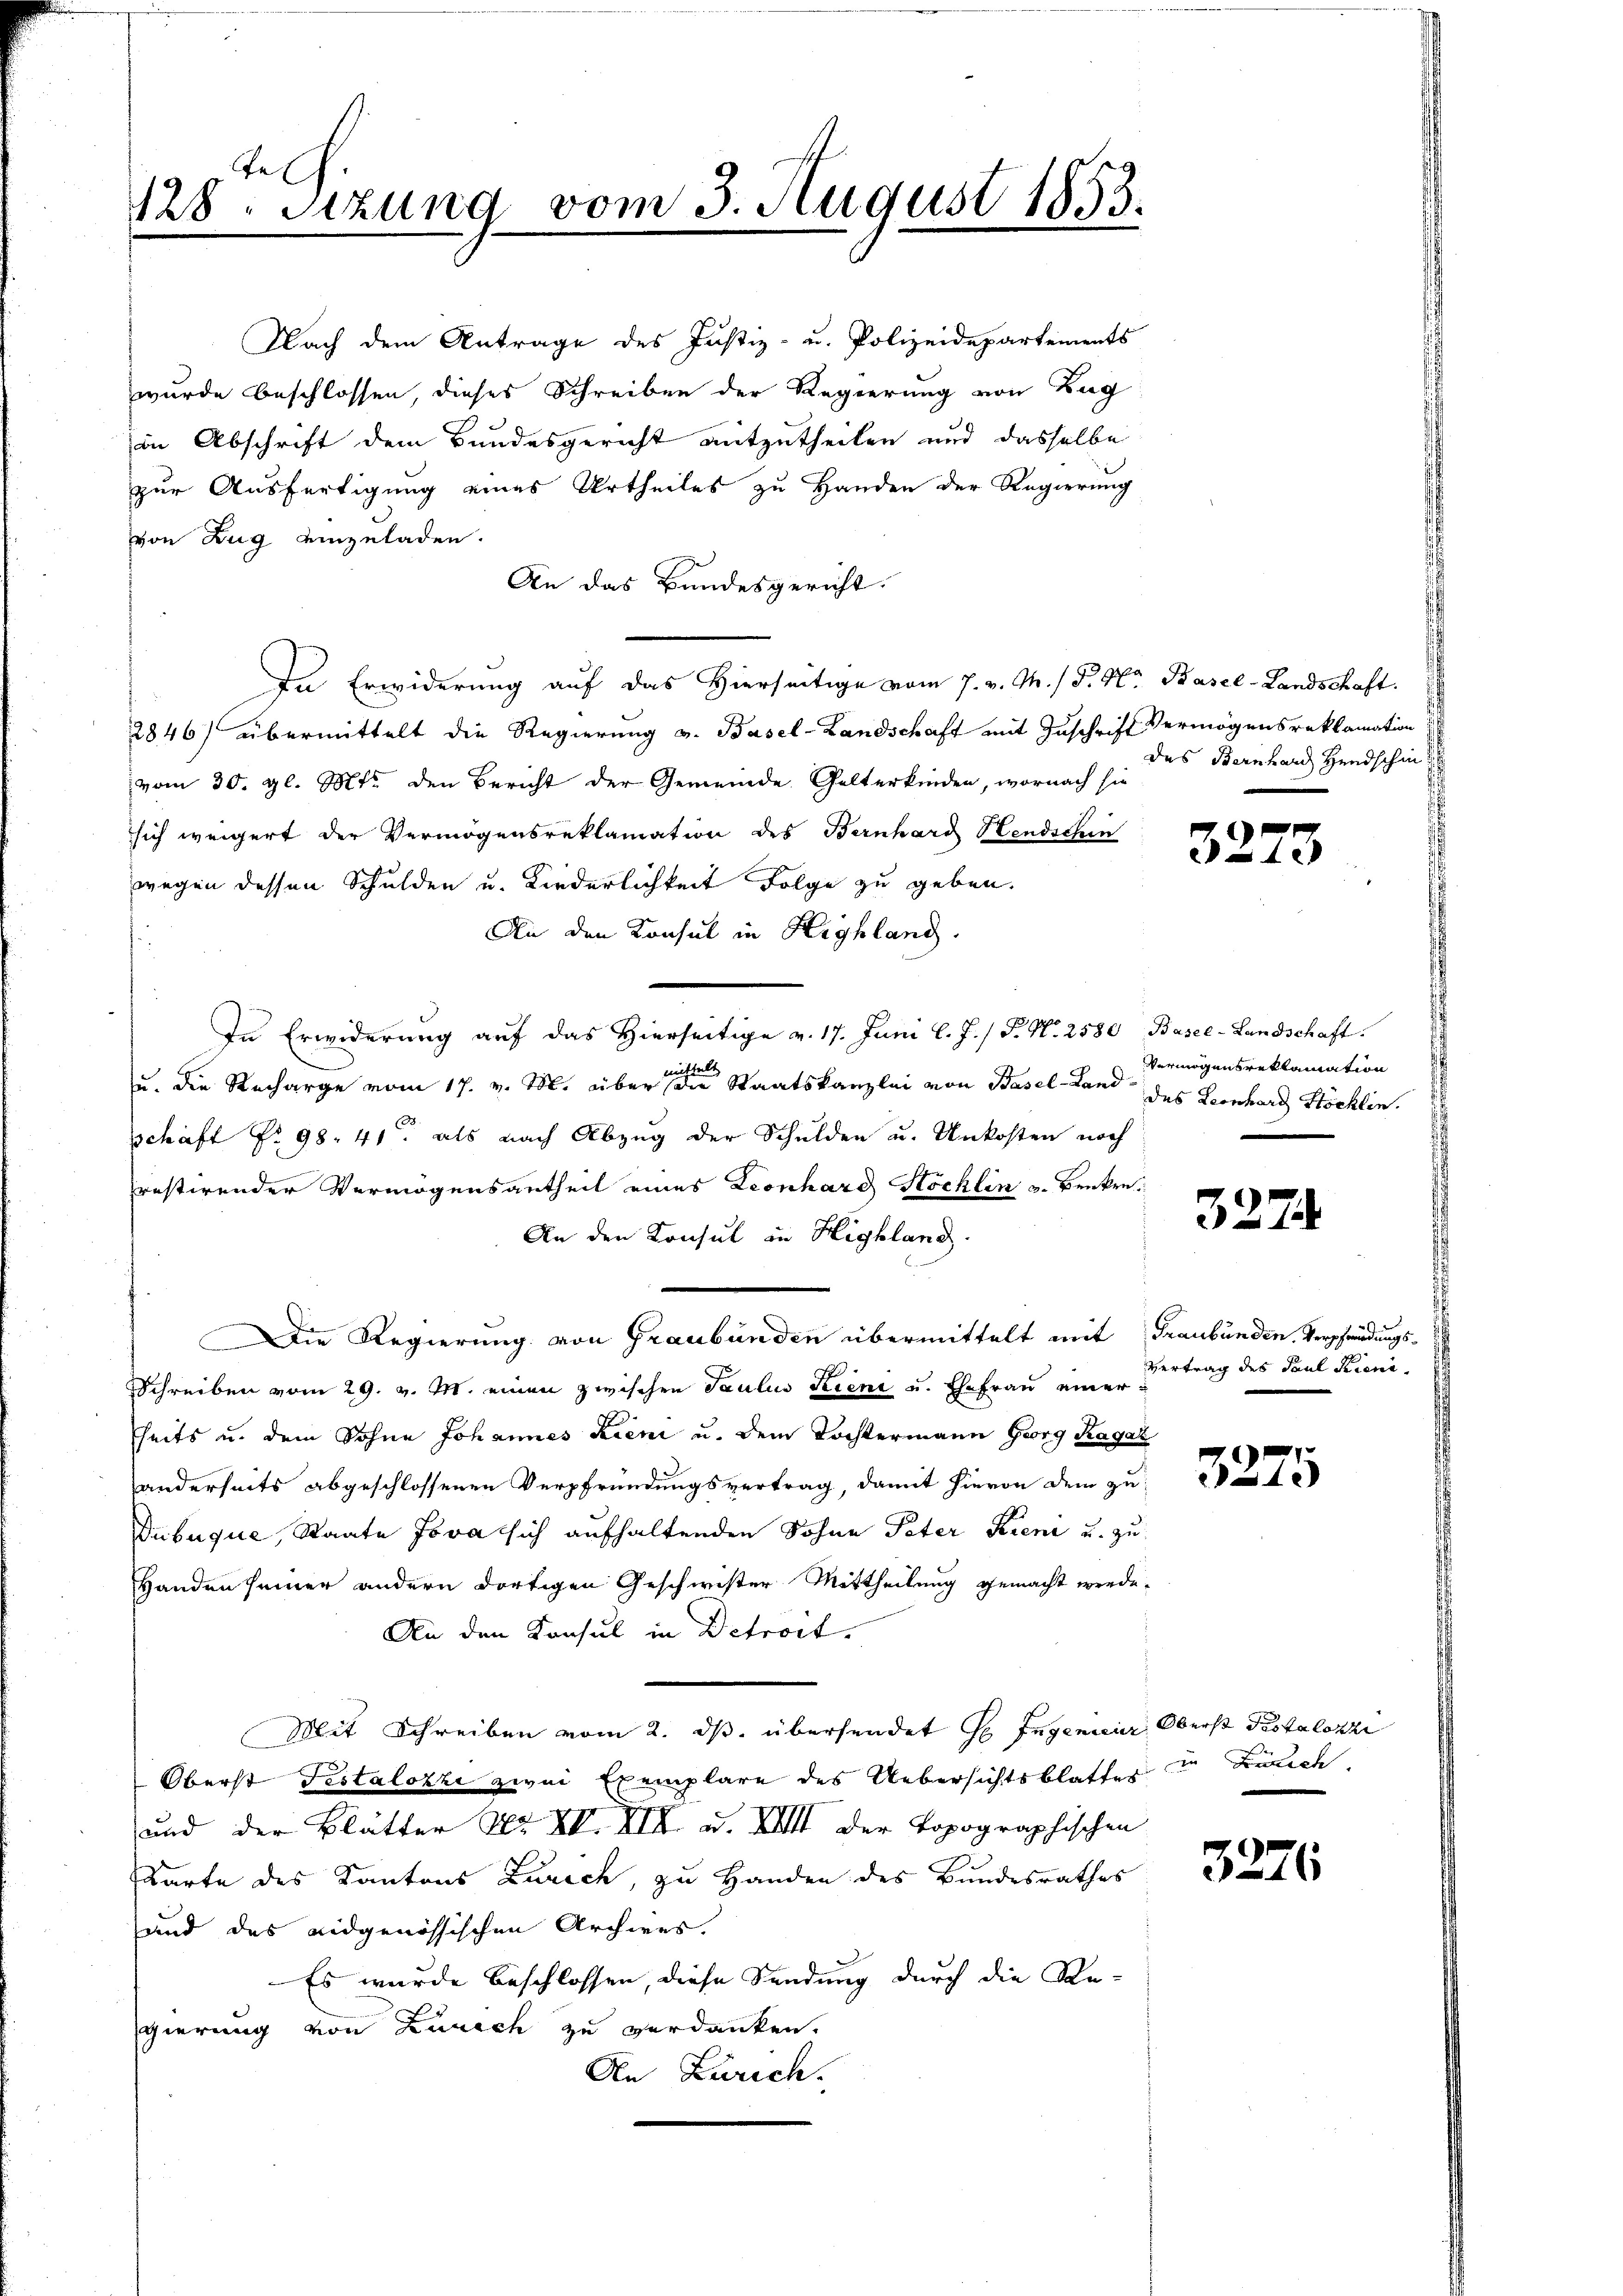
128. Sitzung vom 3. August 1853.

in Abschrift dem Bundesgericht mitzutheilen und dasselbe
zur Ausfertigung eines Urtheiles zu Handen der Regierung
von Zug einzuladen.
An das Bundesgericht.
In Erwiderung auf das Hierseitige vom 7. v. M. / P. Nr. Basel-Landschaft.
2846) übermittelt die Regierung v. Basel-Landschaft mit Zuschrift Vermögensreklamation
vom 30. gl. Mts. den Bericht der Gemeinde Gelterkinden, wornach sie
sich weigert der Vermögensreklamation des Bernhard Hendschen
wegen dessen Schulden u. Kinderlichkeit Folge zu geben.
An den Konsul in Highlang.
In Erwiderung auf das hierseitige v. 17. Juni l. J. / P. N. 2580 Basel-Landschaft.
u. die Recharge vom 17. v. M. über eine Staatskanzlei von Basel-Land des Leonhard Stöcklin.
t
schaft Nr. 98. 41. als nach Abzug der Schulden u. Unkosten noch
restirender Vermögensantheil eines Leonhard Höcklin u. Benken.
An den Konsul in Highland.
Die Regierung von Graubünden übermittelt mit Graubünden Verscheidungs-
Schreiben vom 29. v. M. einen zwischen Paulin Kiene u. Ehefrau einer
fheits u. dem Sohne Johannes Kien u. dem Tochtermann Georg Ragaz
anderseits abgeschlossenen Verpfründungsvertrag, damit hievon dem zu
Dubuque, Staate Jova sich aufhaltenden Sohne Peter Kreni u. zu
Handen seiner andern dortigen Geschwister Mittheilung gemacht werde.
An den Konsul in Detrost.
Mit Schreiben vom 2. ds. übersendet H. Ingenieur Oberst Testalozzi
Oberst Testalozzi zwei Exemplare des Uebersichtsblatter in Zürich
und der Blätter Nr. VII. VII. u. XVIII der Topographischen
Karte des Kantons Zürich, zu Handen des Bundesrathes
und das eidgenössischen Archives.
Es wurde beschlossen, diese Sendung durch die Re-
gierung von Zürich zu verdanken.
An Zürich.

Nach dem Antrage des Justiz- u. Polizeidepartements
wurde beschlossen dieses Schreiben der Regierung von Zug

das Bernhard Handschein

322

¬

Vermigensreklamation

3274

Vertrag des Paul Kiena

3275

3276